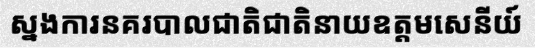
ស្នងការនគរបាលជាតិជាតិនាយឧត្តមសេនីយ៍